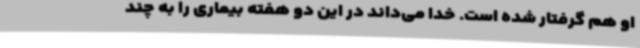
او هم گرفتار شده است. خدا می‌داند در این دو هفته بیماری را به چند